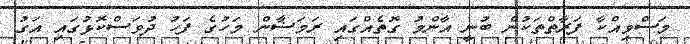
މަސްވިއްކާ ފަރާތްތަކުން ބުނީ އާންމު ގޮތެއްގައި ރަމަޟާން މަހުގެ ފަހު ދުވަސްކޮޅުގައި އަގު